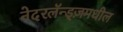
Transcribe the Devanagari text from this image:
नेदरलॅन्ड्ज़मधील